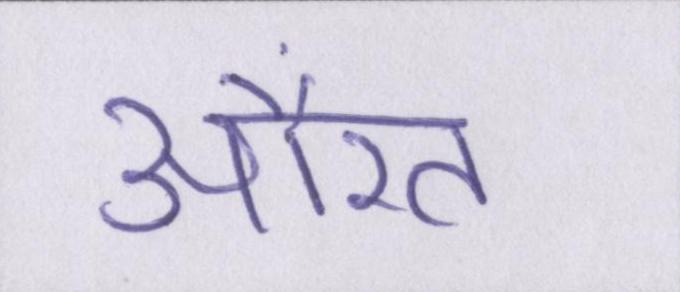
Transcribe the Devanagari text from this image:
औरत